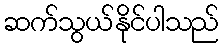
ဆက်သွယ်နိုင်ပါသည်